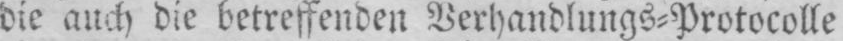
die auch die betreffenden Verhandlungs⸗Protocolle